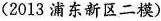
( 2013 浦东新区二模 )